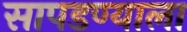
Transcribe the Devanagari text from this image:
सापडण्याला